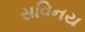
સવિનય